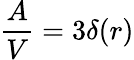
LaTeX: {\frac{A}{V}}=3\delta(r)